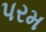
પરમ